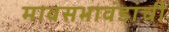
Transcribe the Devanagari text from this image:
मावसभावंडांचीं